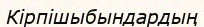
Кірпішыбындардың